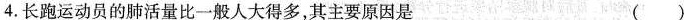
4.长跑运动员的肺活量比一般人大得多，其主要原因是 (